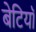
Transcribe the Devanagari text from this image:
बेटियाॅ